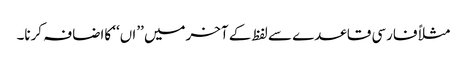
مثلاً فارسی قاعدے سے لفظ کے آخرمیں ’’اں‘‘ کااضافہ کرنا۔